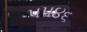
૫૫૪૬